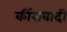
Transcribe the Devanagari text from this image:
कींसवादी